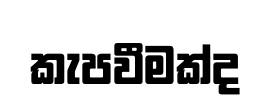
කැපවීමක්ද